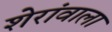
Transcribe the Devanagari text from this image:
शेरांवाला